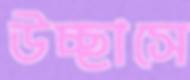
উচ্ছাসে